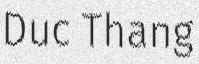
Duc Thang